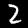
Label: 2